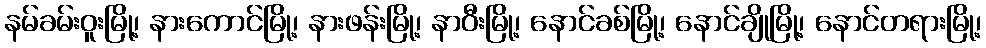
နမ်ခမ်းဝူးမြို့၊ နားကောင်မြို့၊ နားဖန်းမြို့၊ နာဝီးမြို့၊ နောင်ခစ်မြို့၊ နောင်ချိုမြို့၊ နောင်တရားမြို့၊